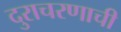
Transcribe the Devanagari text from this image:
दुराचरणाची